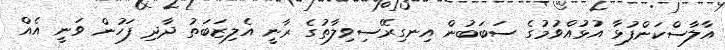
އާލާސްކަންފުޅާ އުޅުއްވުމުގެ ސަބަބުން އިނގިރޭސިވިލާތުގެ ރާނީ އެލިޒަބަތު ދާދި ފަހުން ވަނީ އެއް